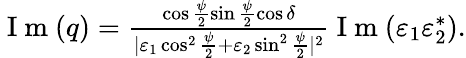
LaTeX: \begin{array}{r}{\mathrm{~I~m~}(q)=\frac{\cos\frac{\psi}{2}\sin\frac{\psi}{2}\cos\delta}{|\varepsilon_{1}\cos^{2}\frac{\psi}{2}+\varepsilon_{2}\sin^{2}\frac{\psi}{2}|^{2}}\mathrm{~I~m~}(\varepsilon_{1}\varepsilon_{2}^{*}).}\end{array}